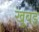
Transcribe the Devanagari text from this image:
खूबड़